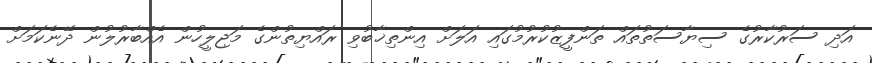
އަދި ސަރުކާރުގެ ސިޔާސަތުތައް ތަންފީޒުކުރުމުގައި އަލަށް އިންތިޚާބުވި ރައްޔިތުންގެ މަޖިލީހުން އެއްބާރުލުން ދޭނެކަމަށް